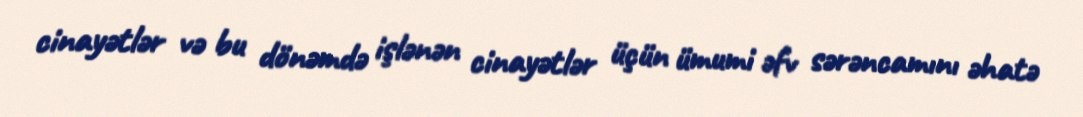
cinayətlər və bu dönəmdə işlənən cinayətlər üçün ümumi əfv sərəncamını əhatə